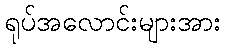
ရုပ်အလောင်းများအား